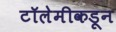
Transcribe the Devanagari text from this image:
टॉलेमीकडून